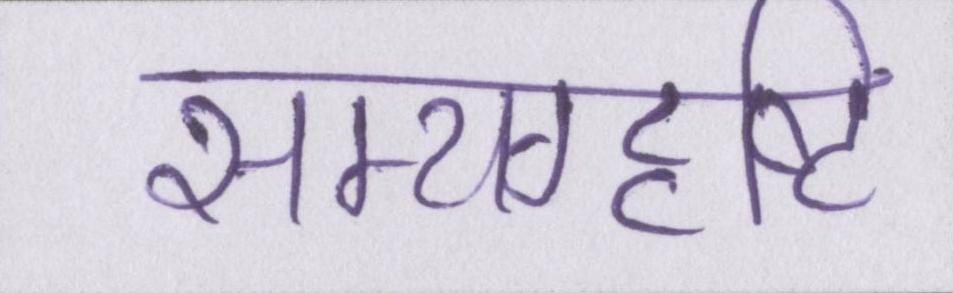
सम्यग्दृष्टि